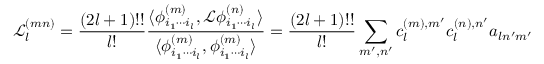
\mathscr { L } _ { l } ^ { ( m n ) } = \frac { ( 2 l + 1 ) ! ! } { l ! } \frac { \langle \phi _ { i _ { 1 } \cdots i _ { l } } ^ { ( m ) } , \mathcal { L } \phi _ { i _ { 1 } \cdots i _ { l } } ^ { ( n ) } \rangle } { \langle \phi _ { i _ { 1 } \cdots i _ { l } } ^ { ( m ) } , \phi _ { i _ { 1 } \cdots i _ { l } } ^ { ( m ) } \rangle } = \frac { ( 2 l + 1 ) ! ! } { l ! } \sum _ { m ^ { \prime } , n ^ { \prime } } c _ { l } ^ { ( m ) , m ^ { \prime } } c _ { l } ^ { ( n ) , n ^ { \prime } } a _ { l n ^ { \prime } m ^ { \prime } }